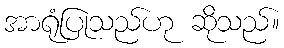
အာရုံပြုသည်ဟု ဆိုသည်။